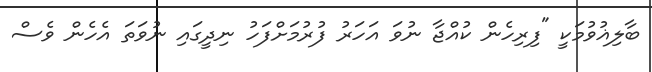
ބާލިޣުވުމަކީ "ފިރިހެން ކުއްޖާ ނުވަ އަހަރު ފުރުމަށްފަހު ނިދީގައި ނުވަތަ އެހެން ވެސް